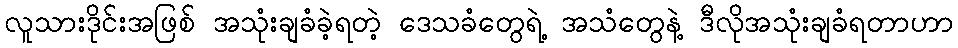
လူသားဒိုင်းအဖြစ် အသုံးချခံခဲ့ရတဲ့ ဒေသခံတွေရဲ့ အသံတွေနဲ့ ဒီလိုအသုံးချခံရတာဟာ